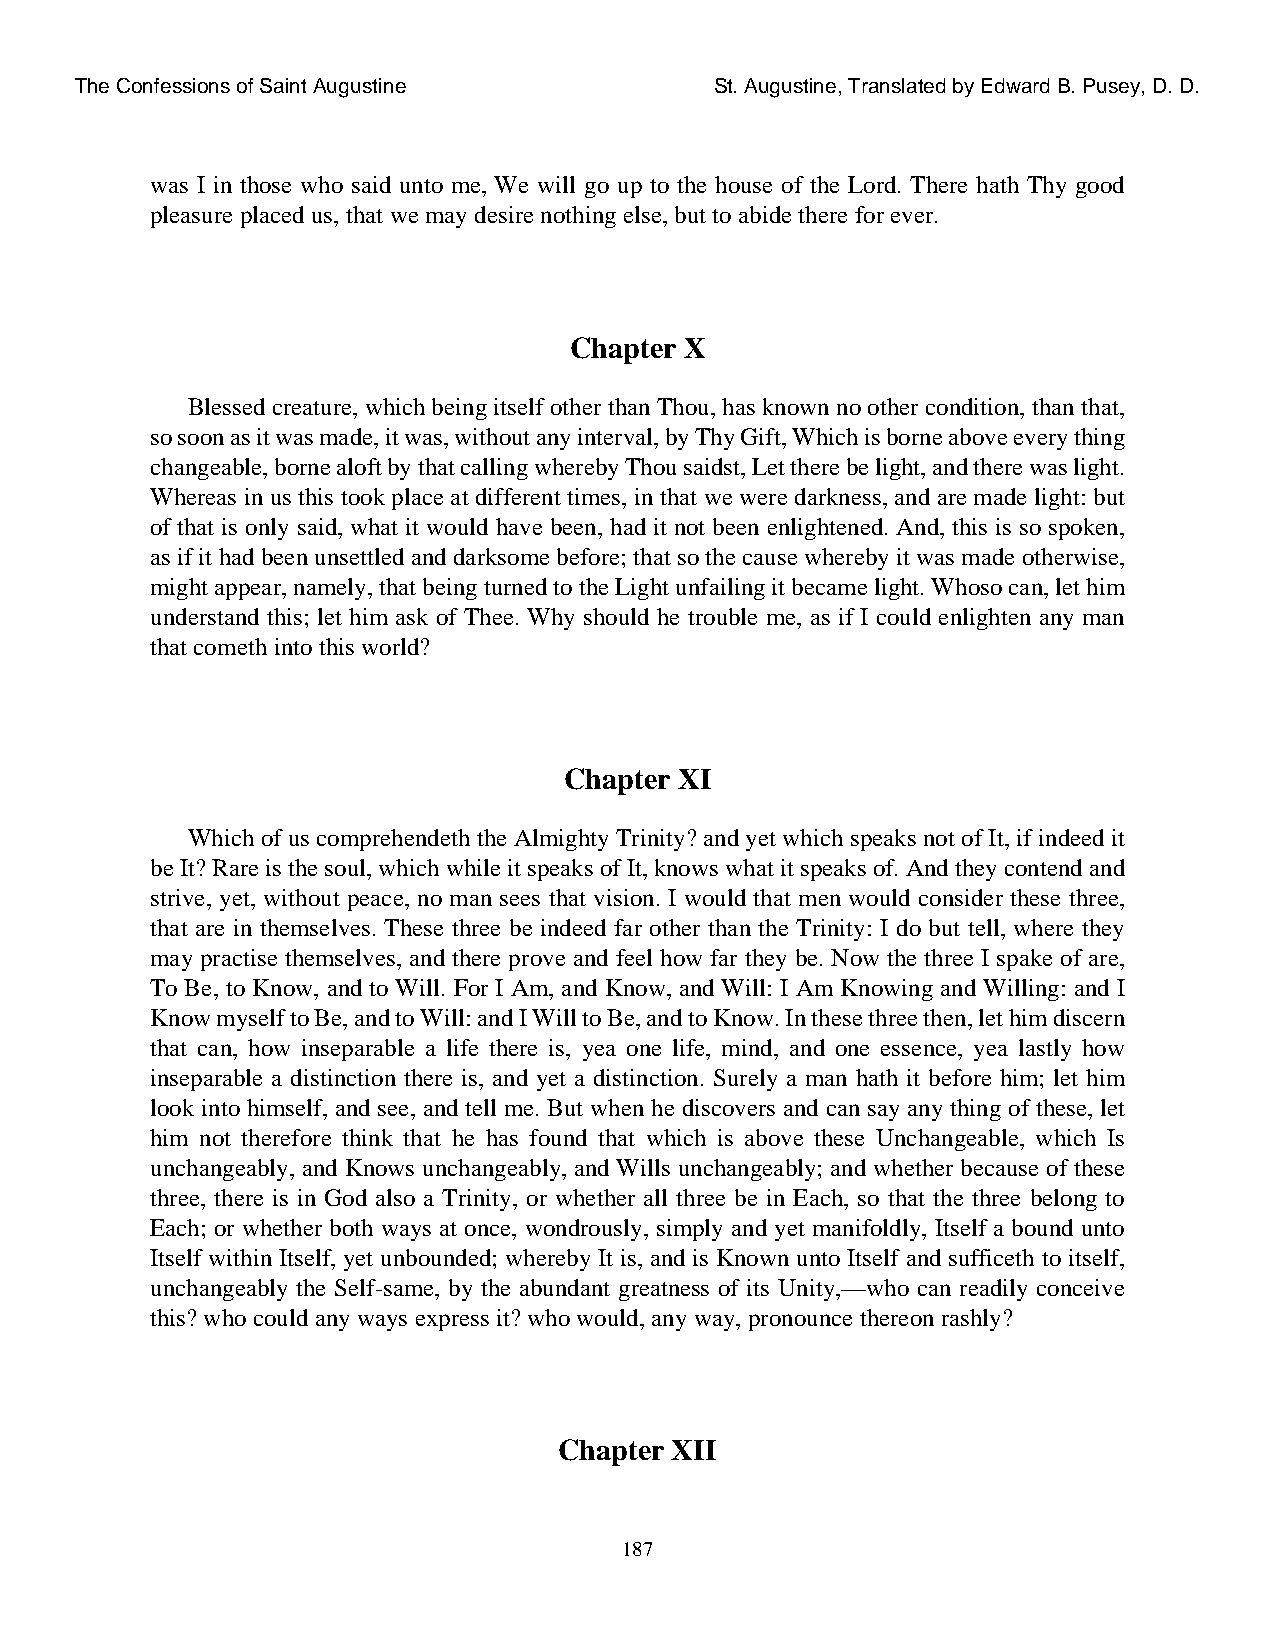
The Confessions of Saint Augustine        St. Augustine, Translated by Edward B. Pusey, D. D.
 was I in those who said unto me, We will go up to the house of the Lord. There hath Thy good
 pleasure placed us, that we may desire nothing else, but to abide there for ever.
 Chapter X
 Blessed creature, which being itself other than Thou, has known no other condition, than that,
 so soon as it was made, it was, without any interval, by Thy Gift, Which is borne above every thing
 changeable, borne aloft by that calling whereby Thou saidst, Let there be light, and there was light.
 Whereas in us this took place at different times, in that we were darkness, and are made light: but
 of that is only said, what it would have been, had it not been enlightened. And, this is so spoken,
 as if it had been unsettled and darksome before; that so the cause whereby it was made otherwise,
 might appear, namely, that being turned to the Light unfailing it became light. Whoso can, let him
 understand this; let him ask of Thee. Why should he trouble me, as if I could enlighten any man
 that cometh into this world?
 Chapter XI
 Which of us comprehendeth the Almighty Trinity? and yet which speaks not of It, if indeed it
 be It? Rare is the soul, which while it speaks of It, knows what it speaks of. And they contend and
 strive, yet, without peace, no man sees that vision. I would that men would consider these three,
 that are in themselves. These three be indeed far other than the Trinity: I do but tell, where they
 may practise themselves, and there prove and feel how far they be. Now the three I spake of are,
 To Be, to Know, and to Will. For I Am, and Know, and Will: I Am Knowing and Willing: and I
 Know myself to Be, and to Will: and I Will to Be, and to Know. In these three then, let him discern
 that can, how inseparable a life there is, yea one life, mind, and one essence, yea lastly how
 inseparable a distinction there is, and yet a distinction. Surely a man hath it before him; let him
 look into himself, and see, and tell me. But when he discovers and can say any thing of these, let
 him not therefore think that he has found that which is above these Unchangeable, which Is
 unchangeably, and Knows unchangeably, and Wills unchangeably; and whether because of these
 three, there is in God also a Trinity, or whether all three be in Each, so that the three belong to
 Each; or whether both ways at once, wondrously, simply and yet manifoldly, Itself a bound unto
 Itself within Itself, yet unbounded; whereby It is, and is Known unto Itself and sufficeth to itself,
 unchangeably the Self-same, by the abundant greatness of its Unity,—who can readily conceive
 this? who could any ways express it? who would, any way, pronounce thereon rashly?
 Chapter XII
 187